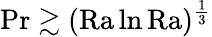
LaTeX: \mathrm{{Pr}\gtrsim(\mathrm{{Ra}}\ln\mathrm{{Ra}})^{\frac 13}}